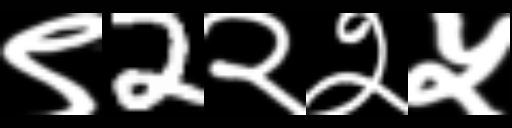
Text: ९2२२५